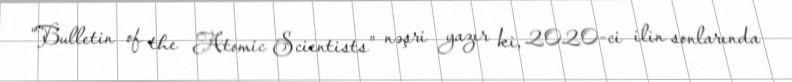
“Bulletin of the Atomic Scientists” nəşri yazır ki, 2020-ci ilin sonlarında